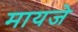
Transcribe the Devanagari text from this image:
मायजे